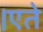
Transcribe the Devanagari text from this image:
।एते